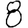
Digit: 8